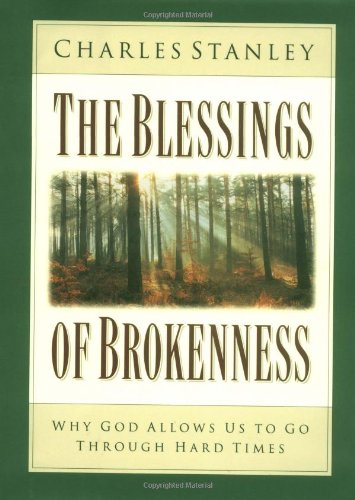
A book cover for The Blessings of Brokenness: Why God Allows Us to Go Through Hard Times; Charles Stanley; Christian Books & Bibles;